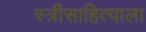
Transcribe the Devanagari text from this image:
स्त्रीसाहित्याला